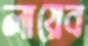
লায়েব